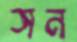
সন